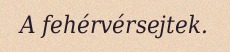
A fehérvérsejtek.